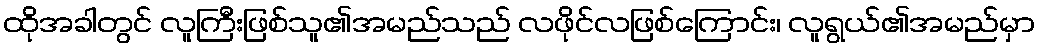
ထိုအခါတွင် လူကြီးဖြစ်သူ၏အမည်သည် လဖိုင်လဖြစ်ကြောင်း၊ လူရွယ်၏အမည်မှာ